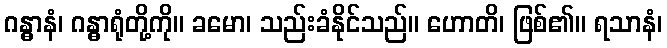
ဂန္ဓာနံ၊ ဂန္ဓာရုံတို့ကို။ ခမော၊ သည်းခံနိုင်သည်။ ဟောတိ၊ ဖြစ်၏။ ရသာနံ၊